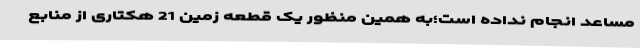
مساعد انجام نداده است؛به همین منظور یک قطعه زمین 21 هکتاری از منابع